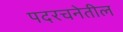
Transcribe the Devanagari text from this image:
पदरचनेतील